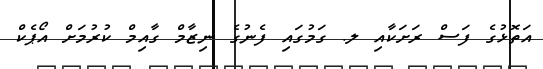
އަތޮޅުގެ ފަސް ރަށަކާއި ލ. ގަމުގައި ފެނުގެ ނިޒާމް ގާއިމް ކުރުމަށް އޯޕެކް